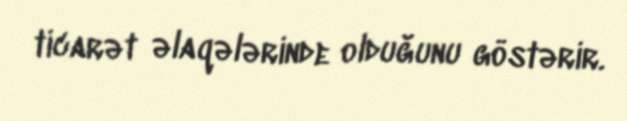
ticarət əlaqələrinde olduğunu göstərir.